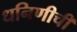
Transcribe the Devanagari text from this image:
धनिणीची